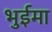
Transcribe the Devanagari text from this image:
भुईमा